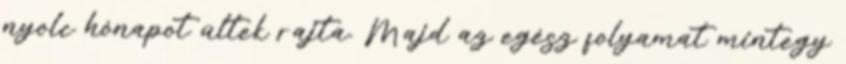
nyolc hónapot ültek rajta. Majd az egész folyamat mintegy